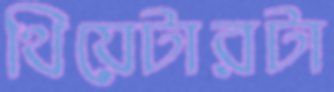
থিয়েটারটা